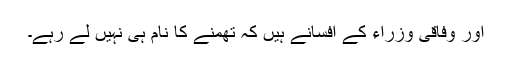
اور وفاقی وزراء کے افسانے ہیں کہ تھمنے کا نام ہی نہیں لے رہے۔